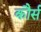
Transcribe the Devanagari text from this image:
कौर्स